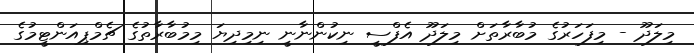
މިލަދޫ - މިފަހަރުގެ މުބާރާތަށް މިލަދޫ އެފްސީ ނިކުންނާނީ ނިމިދިޔަ މިމުބާރާތުގެ ޗެމްޕިއަންޓީމުގެ